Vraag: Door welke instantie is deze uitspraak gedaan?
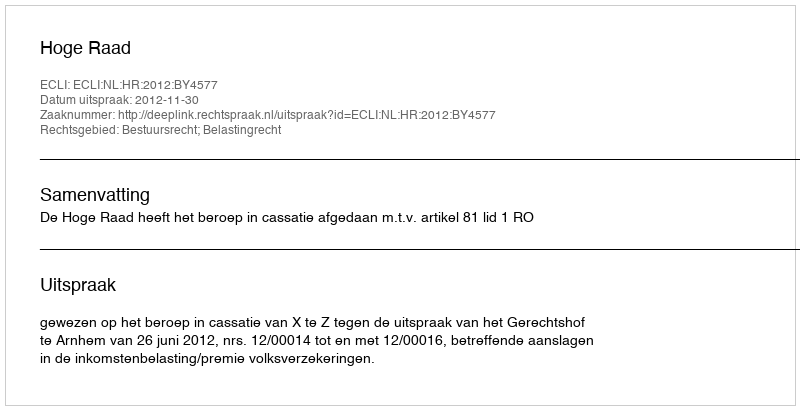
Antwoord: Hoge Raad